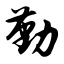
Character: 勤